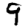
Digit: 9